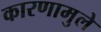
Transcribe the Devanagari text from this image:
कारणामुले